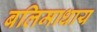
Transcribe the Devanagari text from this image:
बलिमाधाय